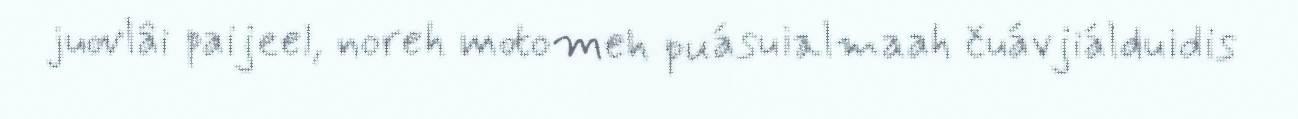
juovlâi paijeel, noreh motomeh puásuialmaah čuávjiálduidis